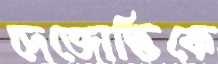
দেজোত্তিকে